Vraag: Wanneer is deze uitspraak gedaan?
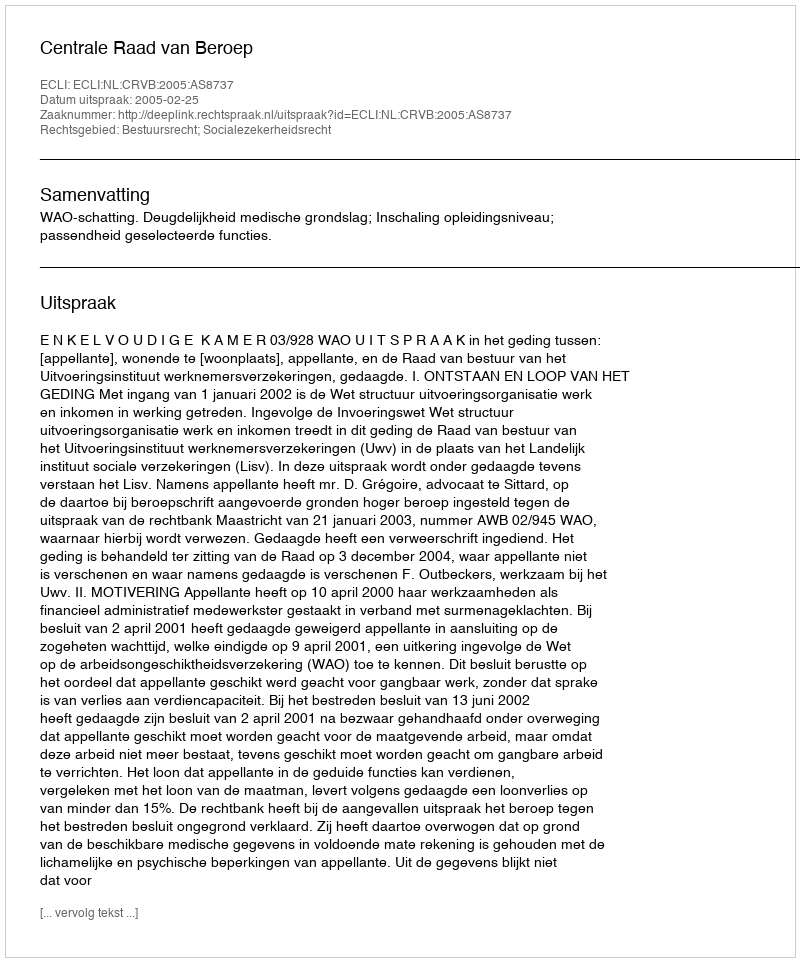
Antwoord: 2005-02-25